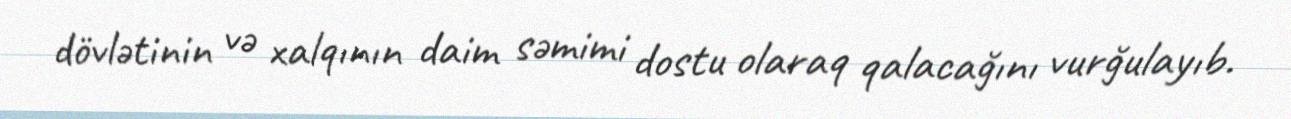
dövlətinin və xalqının daim səmimi dostu olaraq qalacağını vurğulayıb.